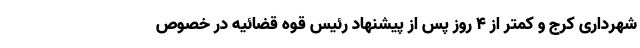
شهرداری کرج و کمتر از ۴ روز پس از پیشنهاد رئیس قوه قضائیه در خصوص